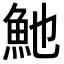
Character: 𩵔